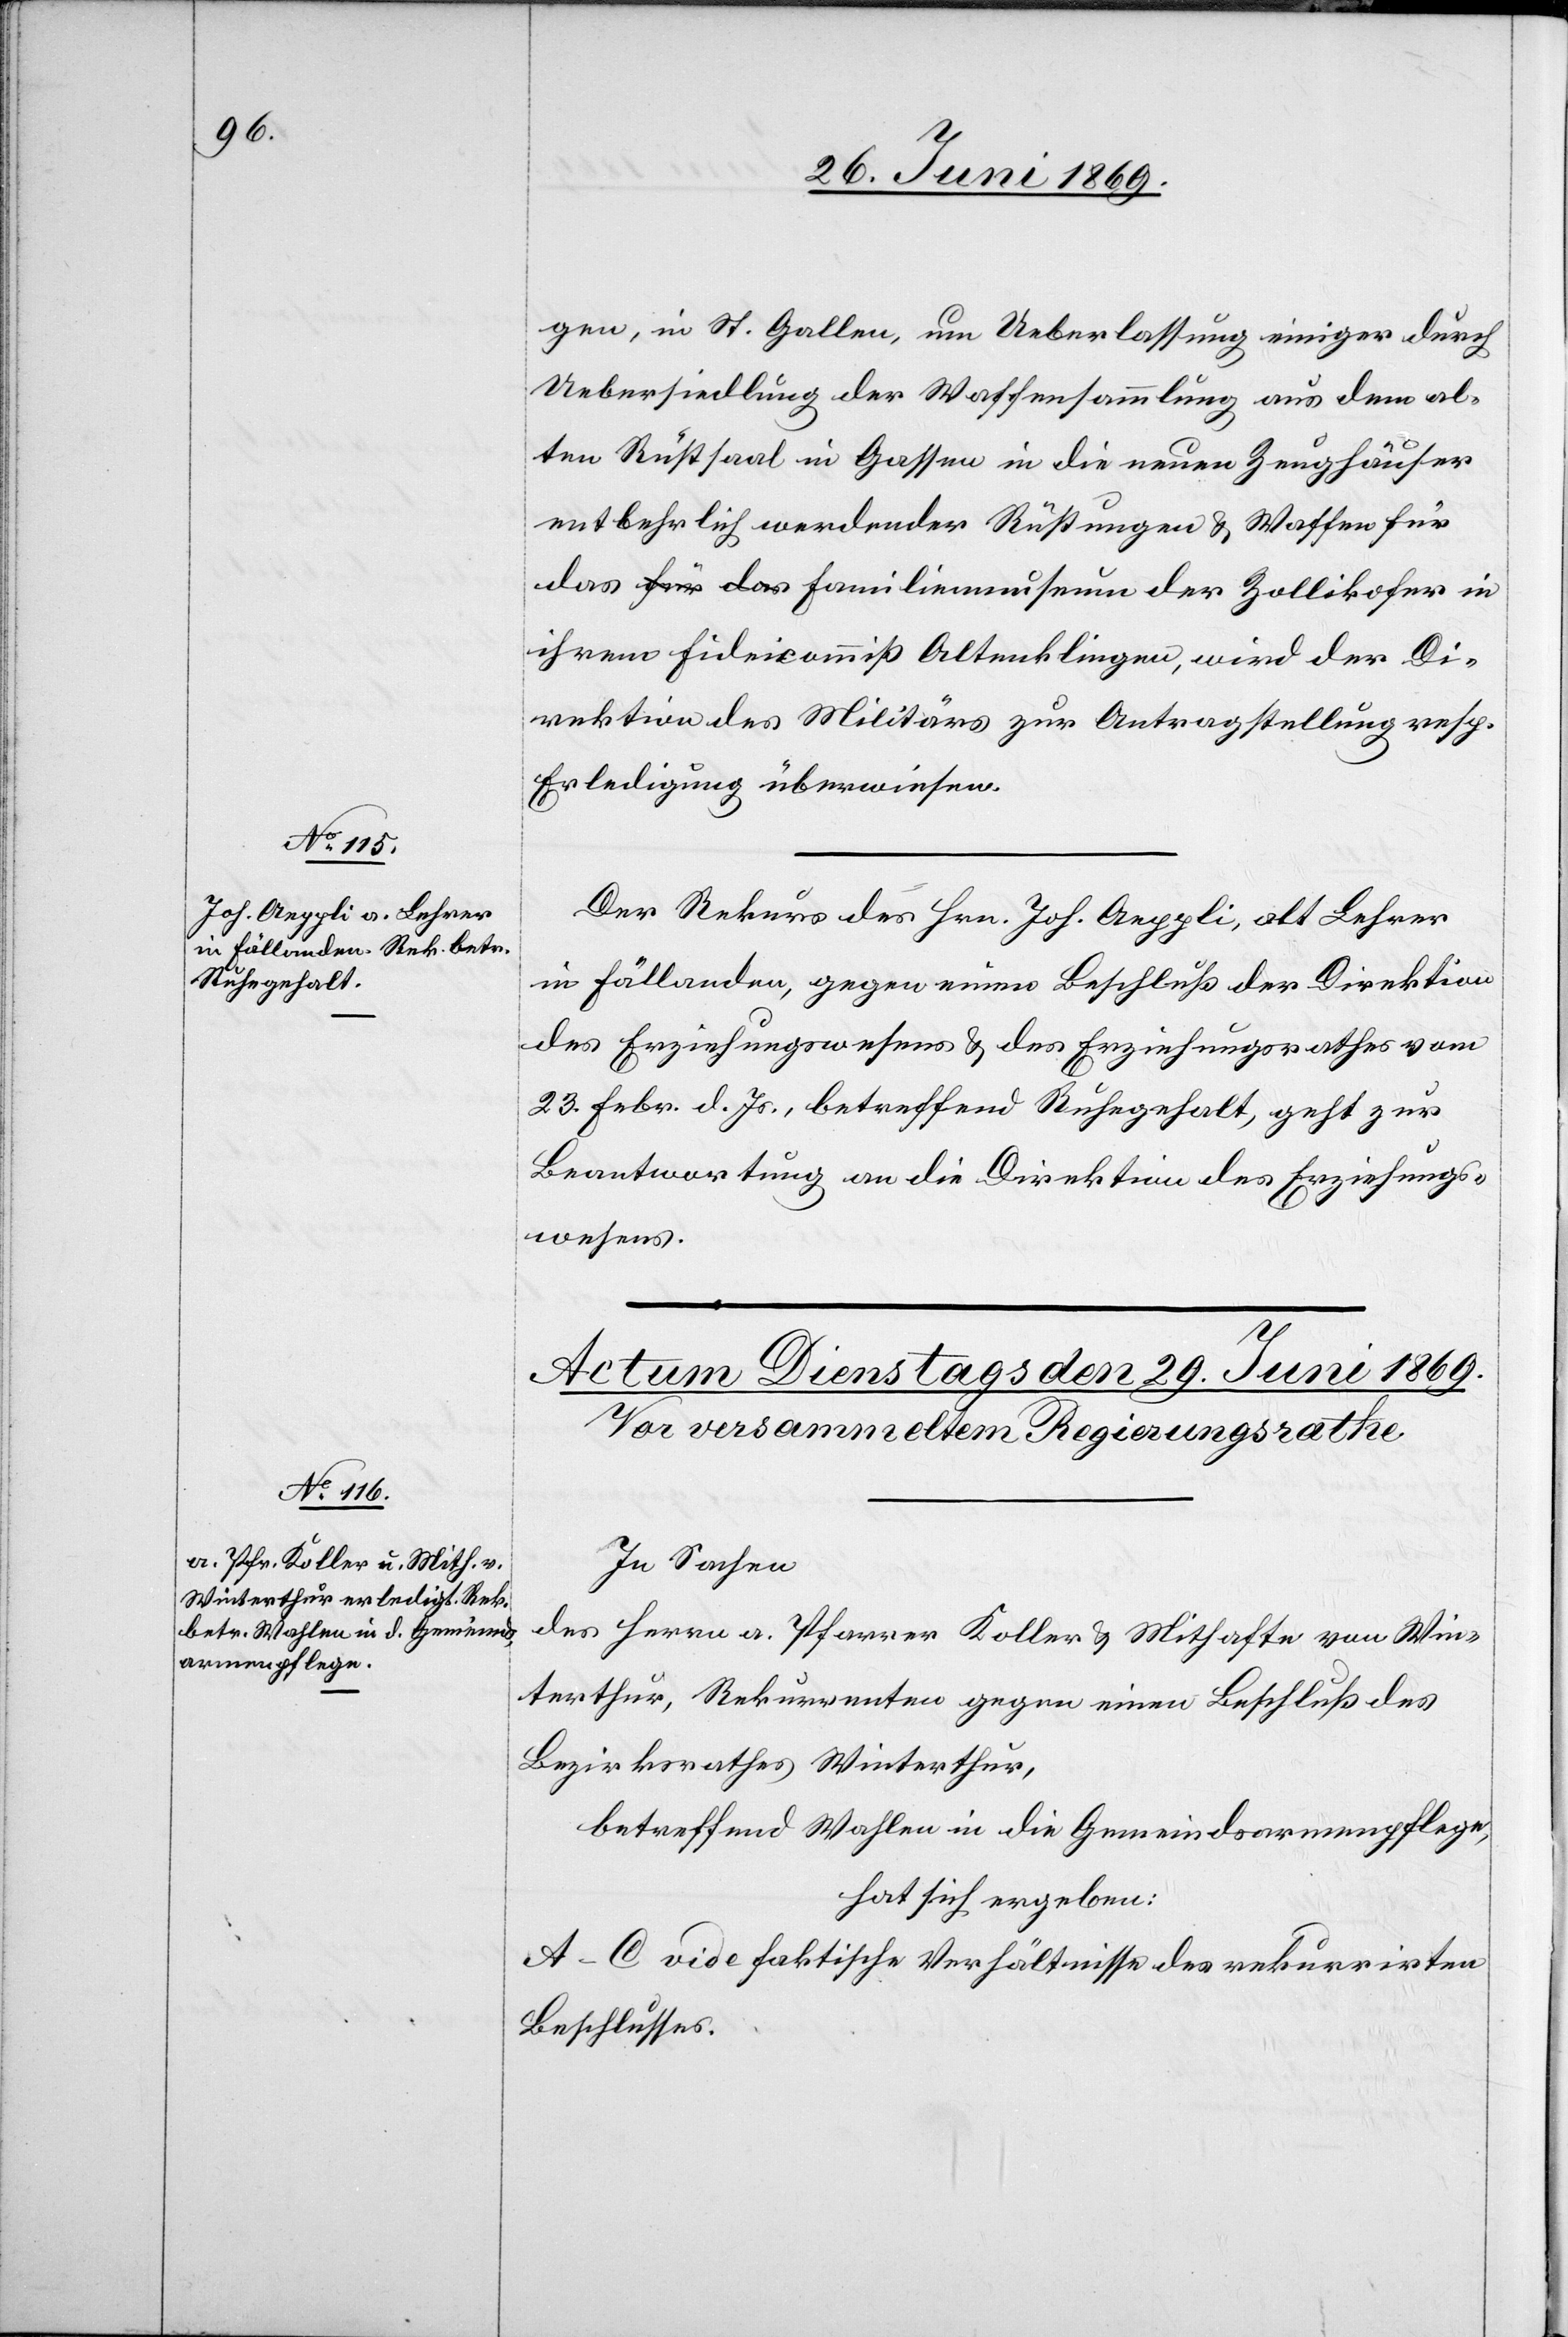
28. Juni 1869.]
gen, in St. Gallen, um Ueberlassung einiger durch
Uebersiedlung der Waffensammlung aus dem al¬
ten Rüstsaal in Gassen in die neuen Zeughäuser
entbehrlich werdender Rüstungen u. Waffen für
ihrem Fideicammiß Altenklingen, wird der Di¬
rektion des Militärs zur Antragstellung resp.
Erledigung überwiesen.
Der Rekurs des Hrn. Joh. Aeppli, alt Lehrer
in Fällanden, gegen einen Beschluß der Direktion
des Erziehungswesens u. des Erziehungsrathes vom
23. Febr. d. Js., betreffend Ruhegehalt, geht zur
Beantwortung an die Direktion des Erziehungs¬
wesens.
In Sachen
des Herrn a. Pfarrer Koller u. Mithafte von Win¬
terthur, Rekurrenten gegen einen Beschluß des
Bezirksrathes Winterthur,
betreffend Wahlen in die Gemeindsarmenpflege,
hat sich ergeben:
A–C vide faktische Verhältnisse des rekurrirten
Beschlusses.